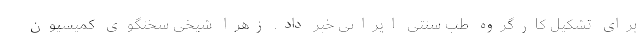
برای تشکیل کارگروه طب سنتی ایرانی خبر داد. زهرا شیخی سخنگوی کمیسیون